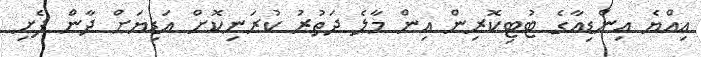
އިއްޔެ އިންޑިއާގެ ޓުޓިކޮރިން އިން މާލެ ދަތުރު ކުރަނިކޮށް އަޑިޔަށް ދާން ފެށި